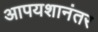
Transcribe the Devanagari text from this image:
आपयशानंतर